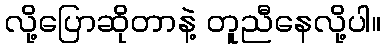
လို့ပြောဆိုတာနဲ့ တူညီနေလို့ပါ။